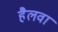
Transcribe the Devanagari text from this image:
हैलवा